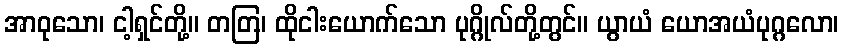
အာဝုသော၊ ငါ့ရှင်တို့။ တတြ၊ ထိုငါးယောက်သော ပုဂ္ဂိုလ်တို့တွင်။ ယွာယံ ယောအယံပုဂ္ဂလော၊